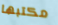
مكتبها